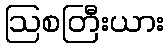
ဩစတြီးယား